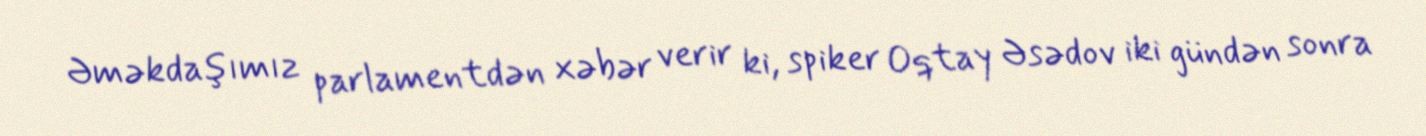
Əməkdaşımız parlamentdən xəbər verir ki, spiker Oqtay Əsədov iki gündən sonra